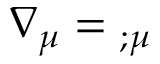
\nabla _ { \mu } = { } _ { ; \mu }